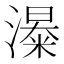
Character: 𱩏